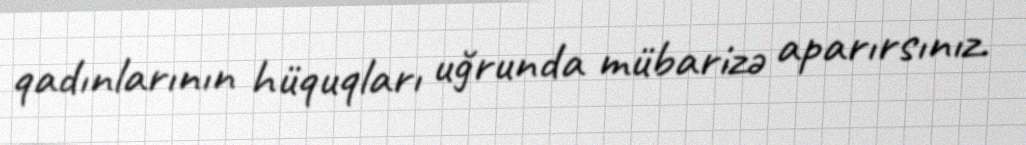
qadınlarının hüquqları uğrunda mübarizə aparırsınız.